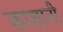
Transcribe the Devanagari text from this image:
काशानी